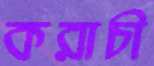
করাচী